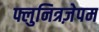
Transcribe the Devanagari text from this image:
फ्लुनित्रज़ेपम